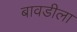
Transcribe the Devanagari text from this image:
बावडीला